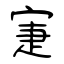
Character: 寁